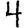
Digit: 4